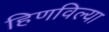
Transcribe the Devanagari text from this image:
हिणविल्या